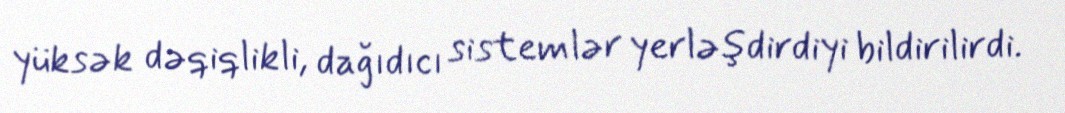
yüksək dəqiqlikli, dağıdıcı sistemlər yerləşdirdiyi bildirilirdi.